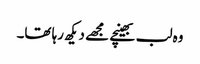
وہ لب بھینچے مجھے دیکھ رہا تھا۔